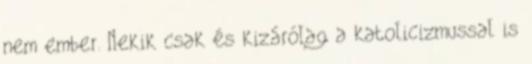
nem ember. Nekik csak és kizárólag a katolicizmussal is